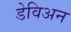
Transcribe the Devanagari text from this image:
डेविअन